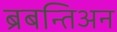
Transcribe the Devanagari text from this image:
ब्रबन्तिअन